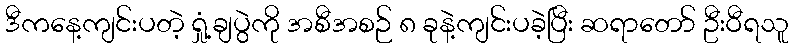
ဒီကနေ့ကျင်းပတဲ့ ရှုံ့ချပွဲကို အစီအစဉ် ၈ ခုနဲ့ကျင်းပခဲ့ပြီး ဆရာတော် ဦးဝီရသူ